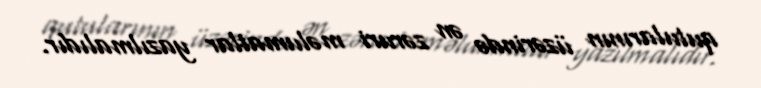
qutularının üzərində ən zəruri məlumatlar yazılmalıdır.